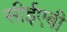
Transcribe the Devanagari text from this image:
सीईएबी